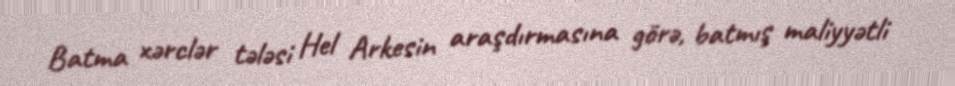
Batma xərclər tələsi Hel Arkesin araşdırmasına görə, batmış maliyyətli